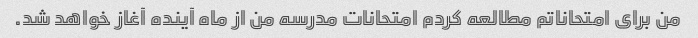
من برای امتحاناتم مطالعه کردم امتحانات مدرسه من از ماه آینده آغاز خواهد شد.